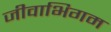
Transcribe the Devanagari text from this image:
जीवाभिगम